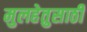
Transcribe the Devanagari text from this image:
मुलहेतुसाठी